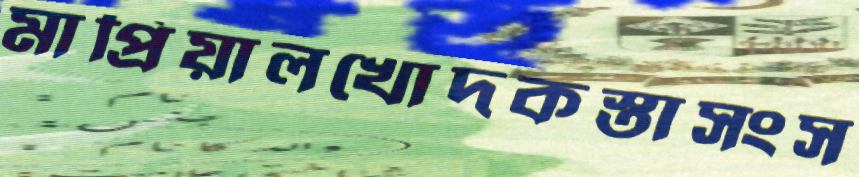
মাপ্রিয়ালখোদকস্তাসংস